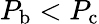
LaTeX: P_{\mathrm{b}}<P_{\mathrm{c}}